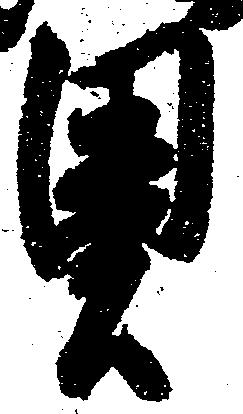
奥